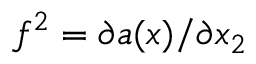
f ^ { 2 } = \partial a ( \boldsymbol x ) / \partial x _ { 2 }